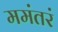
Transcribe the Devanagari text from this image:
ममंतरं